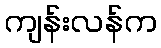
ကျန်းလန်က